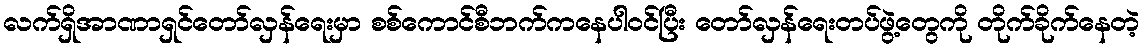
လက်ရှိအာဏာရှင်တော်လှန်ရေးမှာ စစ်ကောင်စီဘက်ကနေပါဝင်ပြီး တော်လှန်ရေးတပ်ဖွဲ့တွေကို တိုက်ခိုက်နေတဲ့